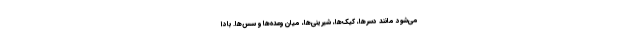
می‌شود مانند دسرها، کیک‌ها، شیرینی‌ها، میان وعده‌ها و سس‌ها. بادا